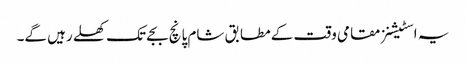
یہ اسٹیشنز مقامی وقت کے مطابق شام پانچ بجے تک کھلے رہیں گے۔